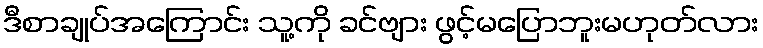
ဒီစာချုပ်အကြောင်း သူ့ကို ခင်ဗျား ဖွင့်မပြောဘူးမဟုတ်လား